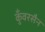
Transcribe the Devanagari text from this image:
कुँवरसैन